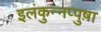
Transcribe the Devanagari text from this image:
इलंकुन्नप्पुष़ा